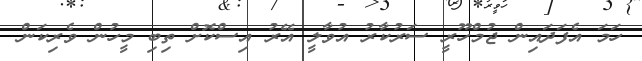
ހަމަ އެފަދައިން ޖުމްހޫރީ ސަރުކާރު އުވާލީ އޭރު އިސްކޮށް ތިބި މީހުން ވެރިކަން